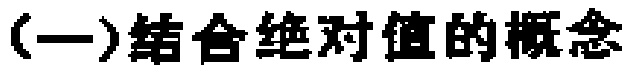
(一)结合绝对值的概念